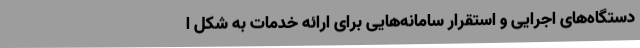
دستگاه‌های اجرایی و استقرار سامانه‌هایی برای ارائه خدمات به شکل ا